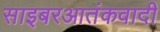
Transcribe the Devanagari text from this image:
साइबरआतंकवादी